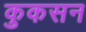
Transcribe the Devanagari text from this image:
कुकसन